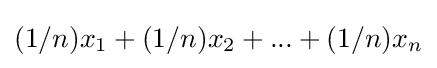
(1/n)x_{1}+(1/n)x_{2}+...+(1/n)x_{n}